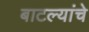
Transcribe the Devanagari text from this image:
बाटल्यांचे